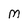
Character: m